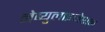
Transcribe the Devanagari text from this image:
नेब्युलाइजेशन